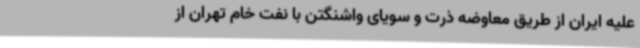
علیه ایران از طریق معاوضه ذرت و سویای واشنگتن با نفت خام تهران از